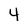
Character: 4